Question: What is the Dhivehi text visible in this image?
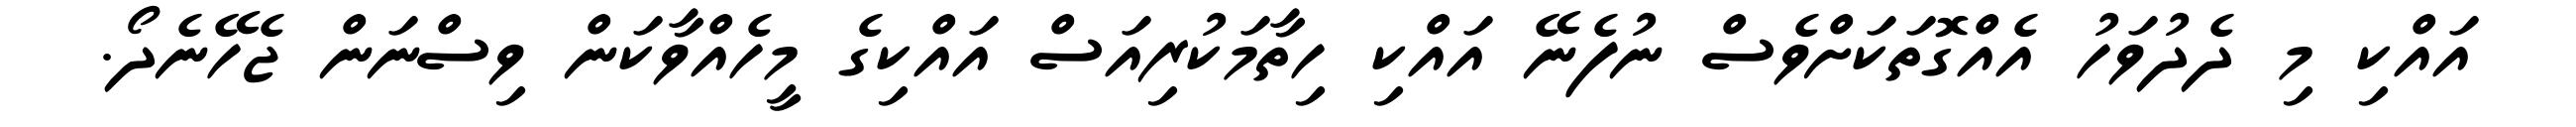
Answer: އައްކި މި ދެދުވަހު އެއްގޮތަކަށްވެސް ނުފެނޭ އައްކި ހިތާމަކުރިއަސް އައްކިގެ މީހެއްވާކަން ވިސްނަން ޖެހޭނެދޯ.